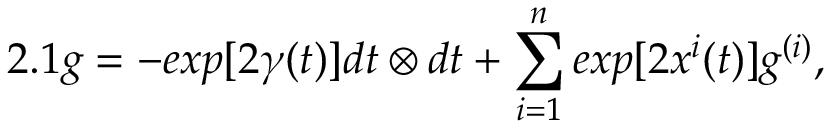
2 . 1 g = - e x p [ 2 { \gamma } ( t ) ] d t \otimes d t + \sum _ { i = 1 } ^ { n } e x p [ 2 { x ^ { i } } ( t ) ] g ^ { ( i ) } ,